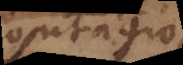
contagio